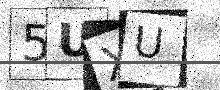
Text: 5UXU